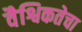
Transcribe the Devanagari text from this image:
वैश्विकतेचा